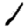
Digit: 1